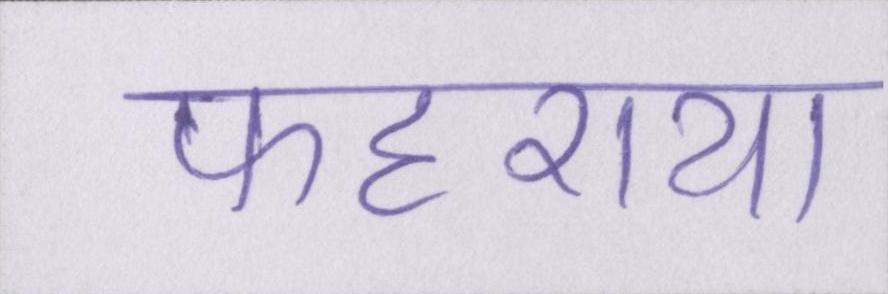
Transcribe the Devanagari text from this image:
फहराया